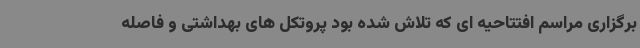
برگزاری مراسم افتتاحیه ای که تلاش شده بود پروتکل های بهداشتی و فاصله